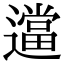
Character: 𬩖